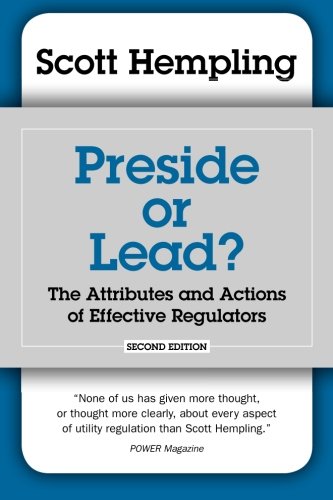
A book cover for Preside or Lead?  The Attributes and Actions of Effective Regulators; Scott Hempling; Law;